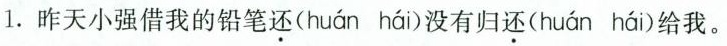
1.昨天小强借我的铅笔还( huán hái )没有归还( huán hái )给我。